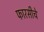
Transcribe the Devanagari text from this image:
फारसीचे